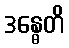
ဒန္ဓေတိ